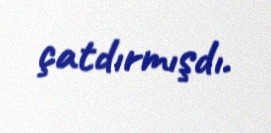
çatdırmışdı.